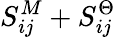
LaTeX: S_{ij}^{M}+S_{ij}^{\Theta}